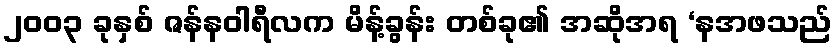
၂၀၀၃ ခုနှစ် ဇန်နဝါရီလက မိန့်ခွန်း တစ်ခု၏ အဆိုအရ ‘နအဖသည်